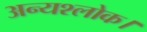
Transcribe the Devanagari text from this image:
अन्यश्लोक।